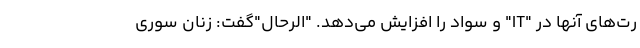
رت‌های آنها در "IT" و سواد را افزایش می‌دهد. "الرحال"گفت: زنان سوری